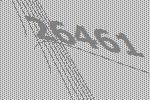
26461